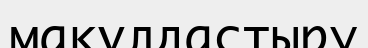
мақұлдастыру